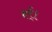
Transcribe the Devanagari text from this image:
हर्र्।